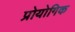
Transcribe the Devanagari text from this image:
प्रोयोगिक